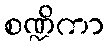
စဏ္ဍိကာ